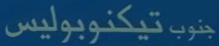
جنوبتيكنوبوليس